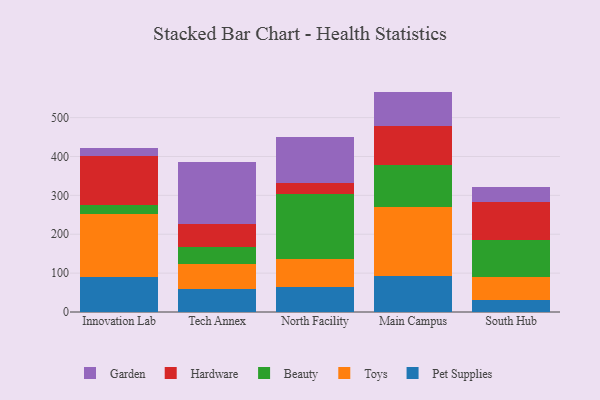
{"axis": {"x": "Campus", "y": "Waste Production (Tons)"}, "legend": ["Beauty", "Garden", "Hardware", "Pet Supplies", "Toys"], "data": [{"x": "Innovation Lab", "y": 89.2, "type": "Pet Supplies"}, {"x": "Innovation Lab", "y": 163.2, "type": "Toys"}, {"x": "Innovation Lab", "y": 21.9, "type": "Beauty"}, {"x": "Innovation Lab", "y": 128.1, "type": "Hardware"}, {"x": "Innovation Lab", "y": 19.3, "type": "Garden"}, {"x": "Tech Annex", "y": 59.8, "type": "Pet Supplies"}, {"x": "Tech Annex", "y": 62.9, "type": "Toys"}, {"x": "Tech Annex", "y": 44.8, "type": "Beauty"}, {"x": "Tech Annex", "y": 58.2, "type": "Hardware"}, {"x": "Tech Annex", "y": 161.4, "type": "Garden"}, {"x": "North Facility", "y": 63.8, "type": "Pet Supplies"}, {"x": "North Facility", "y": 72.2, "type": "Toys"}, {"x": "North Facility", "y": 167.3, "type": "Beauty"}, {"x": "North Facility", "y": 27.7, "type": "Hardware"}, {"x": "North Facility", "y": 117.9, "type": "Garden"}, {"x": "Main Campus", "y": 92.8, "type": "Pet Supplies"}, {"x": "Main Campus", "y": 176.5, "type": "Toys"}, {"x": "Main Campus", "y": 108.2, "type": "Beauty"}, {"x": "Main Campus", "y": 101.8, "type": "Hardware"}, {"x": "Main Campus", "y": 87.6, "type": "Garden"}, {"x": "South Hub", "y": 31.8, "type": "Pet Supplies"}, {"x": "South Hub", "y": 58.4, "type": "Toys"}, {"x": "South Hub", "y": 95.6, "type": "Beauty"}, {"x": "South Hub", "y": 97.7, "type": "Hardware"}, {"x": "South Hub", "y": 37.9, "type": "Garden"}]}